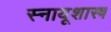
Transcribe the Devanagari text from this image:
स्नायूशास्त्र